Document type: Sale
Year: 1323
Scribe: Guillem Coscoll
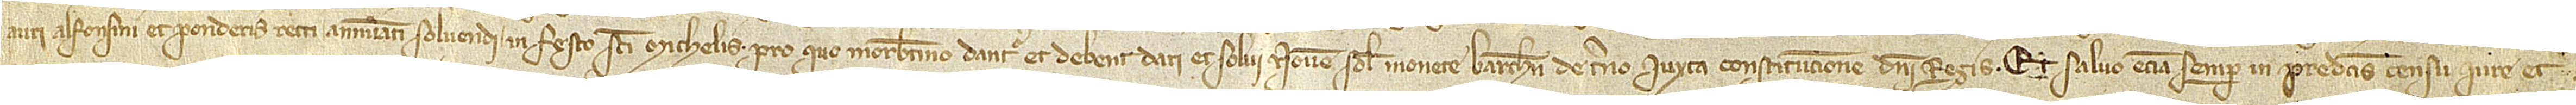
auri alfonsini et ponderis recti annuatim solvendi in festo Sancti Michaelis, pro quo morabatino dantur et debent dari et solvi novem solidos monete Barchinone de terno iuxta constitucionem domini regis. Et salvo etiam semper in predictis censu, iure et